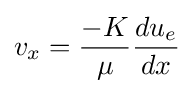
v_{x}={\frac {-K}{\mu }}{\frac {du_{e}}{dx}}